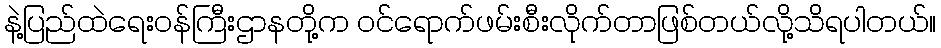
နဲ့ပြည်ထဲရေးဝန်ကြီးဌာနတို့က ဝင်ရောက်ဖမ်းစီးလိုက်တာဖြစ်တယ်လို့သိရပါတယ်။